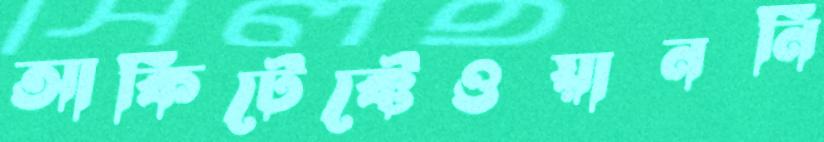
আর্কিটেক্টেওয়াননি